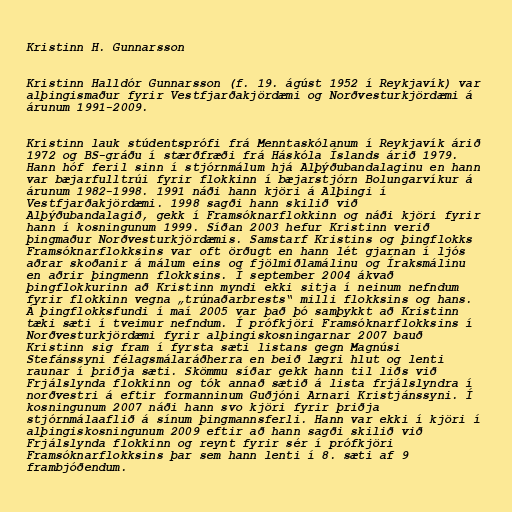
Kristinn H. Gunnarsson

Kristinn Halldór Gunnarsson (f. 19. ágúst 1952 í Reykjavík) var
alþingismaður fyrir Vestfjarðakjördæmi og Norðvesturkjördæmi á
árunum 1991-2009.

Kristinn lauk stúdentsprófi frá Menntaskólanum í Reykjavík árið
1972 og BS-gráðu í stærðfræði frá Háskóla Íslands árið 1979.
Hann hóf feril sinn í stjórnmálum hjá Alþýðubandalaginu en hann
var bæjarfulltrúi fyrir flokkinn í bæjarstjórn Bolungarvíkur á
árunum 1982-1998. 1991 náði hann kjöri á Alþingi í
Vestfjarðakjördæmi. 1998 sagði hann skilið við
Alþýðubandalagið, gekk í Framsóknarflokkinn og náði kjöri fyrir
hann í kosningunum 1999. Síðan 2003 hefur Kristinn verið
þingmaður Norðvesturkjördæmis. Samstarf Kristins og þingflokks
Framsóknarflokksins var oft örðugt en hann lét gjarnan í ljós
aðrar skoðanir á málum eins og fjölmiðlamálinu og Íraksmálinu
en aðrir þingmenn flokksins. Í september 2004 ákvað
þingflokkurinn að Kristinn myndi ekki sitja í neinum nefndum
fyrir flokkinn vegna „trúnaðarbrests“ milli flokksins og hans.
Á þingflokksfundi í maí 2005 var það þó samþykkt að Kristinn
tæki sæti í tveimur nefndum. Í prófkjöri Framsóknarflokksins í
Norðvesturkjördæmi fyrir alþingiskosningarnar 2007 bauð
Kristinn sig fram í fyrsta sæti listans gegn Magnúsi
Stefánssyni félagsmálaráðherra en beið lægri hlut og lenti
raunar í þriðja sæti. Skömmu síðar gekk hann til liðs við
Frjálslynda flokkinn og tók annað sætið á lista frjálslyndra í
norðvestri á eftir formanninum Guðjóni Arnari Kristjánssyni. Í
kosningunum 2007 náði hann svo kjöri fyrir þriðja
stjórnmálaaflið á sínum þingmannsferli. Hann var ekki í kjöri í
alþingiskosningunum 2009 eftir að hann sagði skilið við
Frjálslynda flokkinn og reynt fyrir sér í prófkjöri
Framsóknarflokksins þar sem hann lenti í 8. sæti af 9
frambjóðendum.